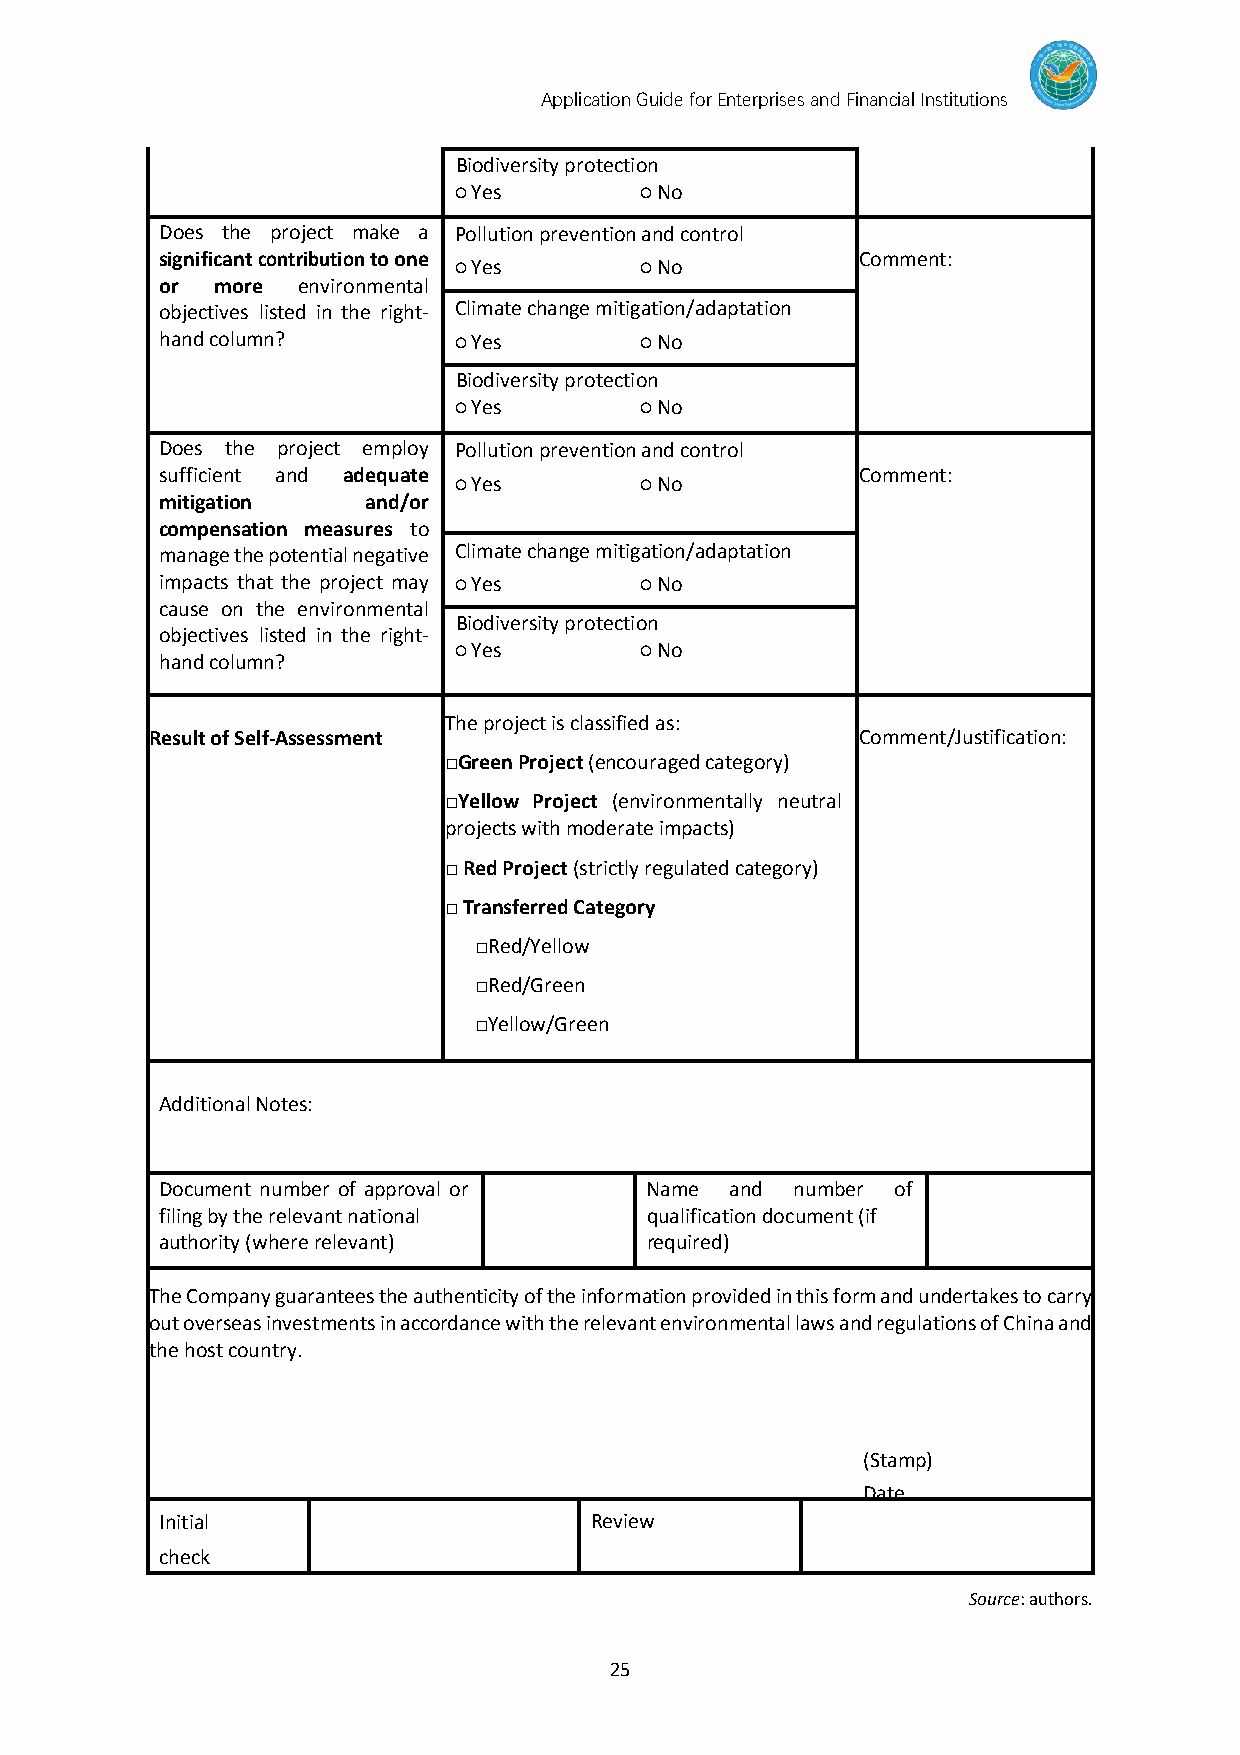
Application Guide for Enterprises and Financial Institutions
 Biodiversity protection
 ○ Yes       ○ No
 Does the project make a Pollution prevention and control
 significant contribution to one               Comment:
 ○ Yes       ○ No
 or more  environmental
 objectives listed in the right- Climate change mitigation/adaptation
 hand column?       ○ Yes       ○ No
 Biodiversity protection
 ○ Yes       ○ No
 Does the project employ Pollution prevention and control
 sufficient and adequate                       Comment:
 ○ Yes       ○ No
 mitigation   and/or
 compensation measures to
 manage the potential negative Climate change mitigation/adaptation
 impacts that the project may ○ Yes ○ No
 cause on the environmental
 Biodiversity protection
 objectives listed in the right-
 ○ Yes       ○ No
 hand column?
 The project is classified as:
 Result of Self-Assessment                      Comment/Justification:
 □Green Project (encouraged category)
 □Yellow Project (environmentally neutral
 projects with moderate impacts)
 □ Red Project (strictly regulated category)
 □ Transferred Category
 □Red/Yellow
 □Red/Green
 □Yellow/Green
 Additional Notes:
 Document number of approval or  Name and  number of
 filing by the relevant national qualification document (if
 authority (where relevant)      required)
 The Company guarantees the authenticity of the information provided in this form and undertakes to carry
 out overseas investments in accordance with the relevant environmental laws and regulations of China and
 the host country.
 (Stamp)
 Date
 Initial                     R e v i e w
 check
 Source: authors.
 25